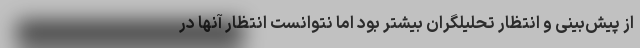
از پیش‌بینی و انتظار تحلیلگران بیشتر بود اما نتوانست انتظار آنها در